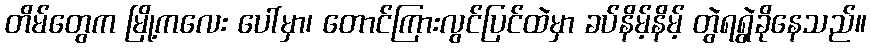
တိမ်တွေက မြို့ကလေး ပေါ်မှာ၊ တောင်ကြားလွင်ပြင်ထဲမှာ ခပ်နိမ့်နိမ့် တွဲရရွဲခိုနေသည်။